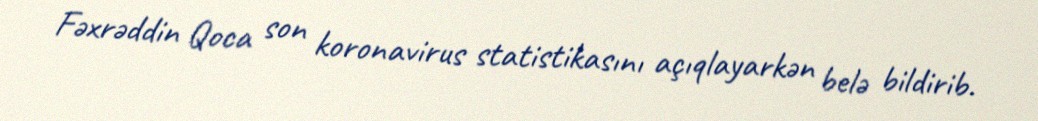
Fəxrəddin Qoca son koronavirus statistikasını açıqlayarkən belə bildirib.